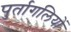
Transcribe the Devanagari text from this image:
पुर्तागलियों